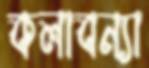
কলাবন্যা